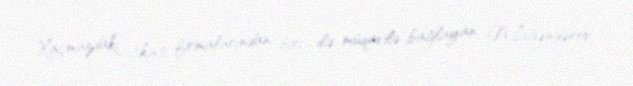
Xaçmazdakı tikinti firmalarından biri ilə müqavilə bağlayan N.İsgəndərov